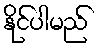
နိုင်ပါမည်